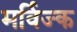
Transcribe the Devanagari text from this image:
मर्विज्क